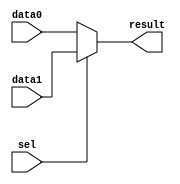
module Mux (
    input wire sel,
    input wire [31:0] data0,
    input wire [31:0] data1,
    output reg [31:0] result
);

    always @(*) begin
    if (sel)
            result = data1;
    else 
            result = data0;
    end

endmodule